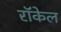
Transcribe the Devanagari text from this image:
राॅकेल